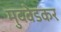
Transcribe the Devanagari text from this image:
मुदवेडकर